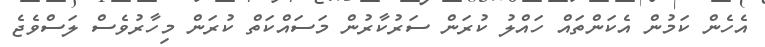
އެހެން ކަމުން އެކަންތައް ހައްލު ކުރަން ސަރުކާރުން މަސައްކަތް ކުރަން މިހާރުވެސް ލަސްވެޖެ